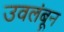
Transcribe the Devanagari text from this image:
उवलंबून